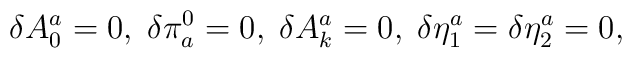
\delta A_{0}^{a}=0,\;\delta \pi _{a}^{0}=0,\;\delta A_{k}^{a}=0,\;\delta\eta _{1}^{a}=\delta \eta _{2}^{a}=0,